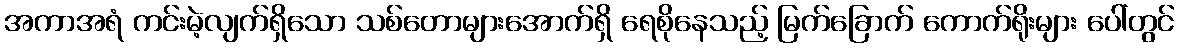
အကာအရံ ကင်းမဲ့လျက်ရှိသော သစ်တောများအောက်ရှိ ရေစိုနေသည့် မြက်ခြောက် ကောက်ရိုးများ ပေါ်တွင်